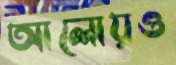
আলোয়ও